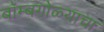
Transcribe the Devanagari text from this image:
बॉम्बगोळ्याचा